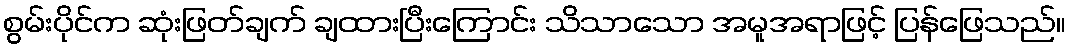
စွမ်းပိုင်က ဆုံးဖြတ်ချက် ချထားပြီးကြောင်း သိသာသော အမူအရာဖြင့် ပြန်ဖြေသည်။